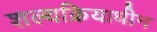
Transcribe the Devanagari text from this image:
शल्यक्रियाधीन